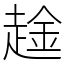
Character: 趛